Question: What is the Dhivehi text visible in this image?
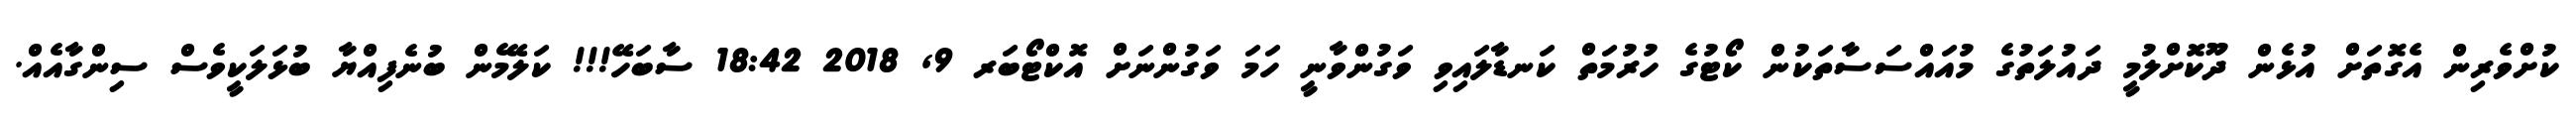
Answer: ކުށްވެރިން އެގޮތަށް އުޅެން ދޫކޮށްލުމީ ދައުލަތުގެ މުއައްސަސާތަކުން ކޯޓުގެ ހުރުމަތް ކަނޑާލައިވި ވަގުންވާނީ ހަމަ ވަގުންނަށް އޮކްޓޯބަރ 9, 2018 18:42 ސާބަހޭ!!! ކަލޭމެން ބުނެފިއްޔާ ބުޅަލަކީވެސް ސިންގާއެއް.